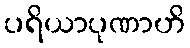
ပရိယာပုဏာဟိ